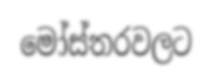
මෝස්තරවලට